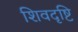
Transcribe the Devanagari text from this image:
शिवदृष्टि